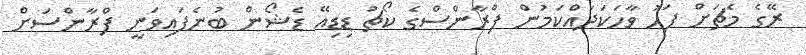
ރޭގެ މެޗަށް ފަހު ވާހަކަދައްކަމުން ފްރާންސްގެ ކޯޗު ޑިޑިއޭ ޑެޝޯން ބުނެފައިވަނީ ފްރާންސަށް